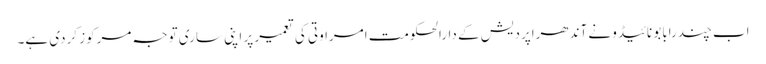
اب چندرابابو نائیڈو نے آندھراپردیش کے دارالحکومت امراوتی کی تعمیر پر اپنی ساری توجہ مرکوز کردی ہے۔